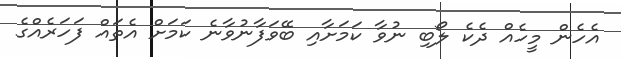
އެހެން މީހެއް ދެކެ ލޯބި ނުވާ ކަމަށާއި ބޭވަފާނުވާނެ ކަމަށް އެތައް ފަހަރެއްގެ